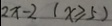
2 x - 2 ( x \geqslant 5 )